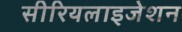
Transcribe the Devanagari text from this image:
सीरियलाइजेशन